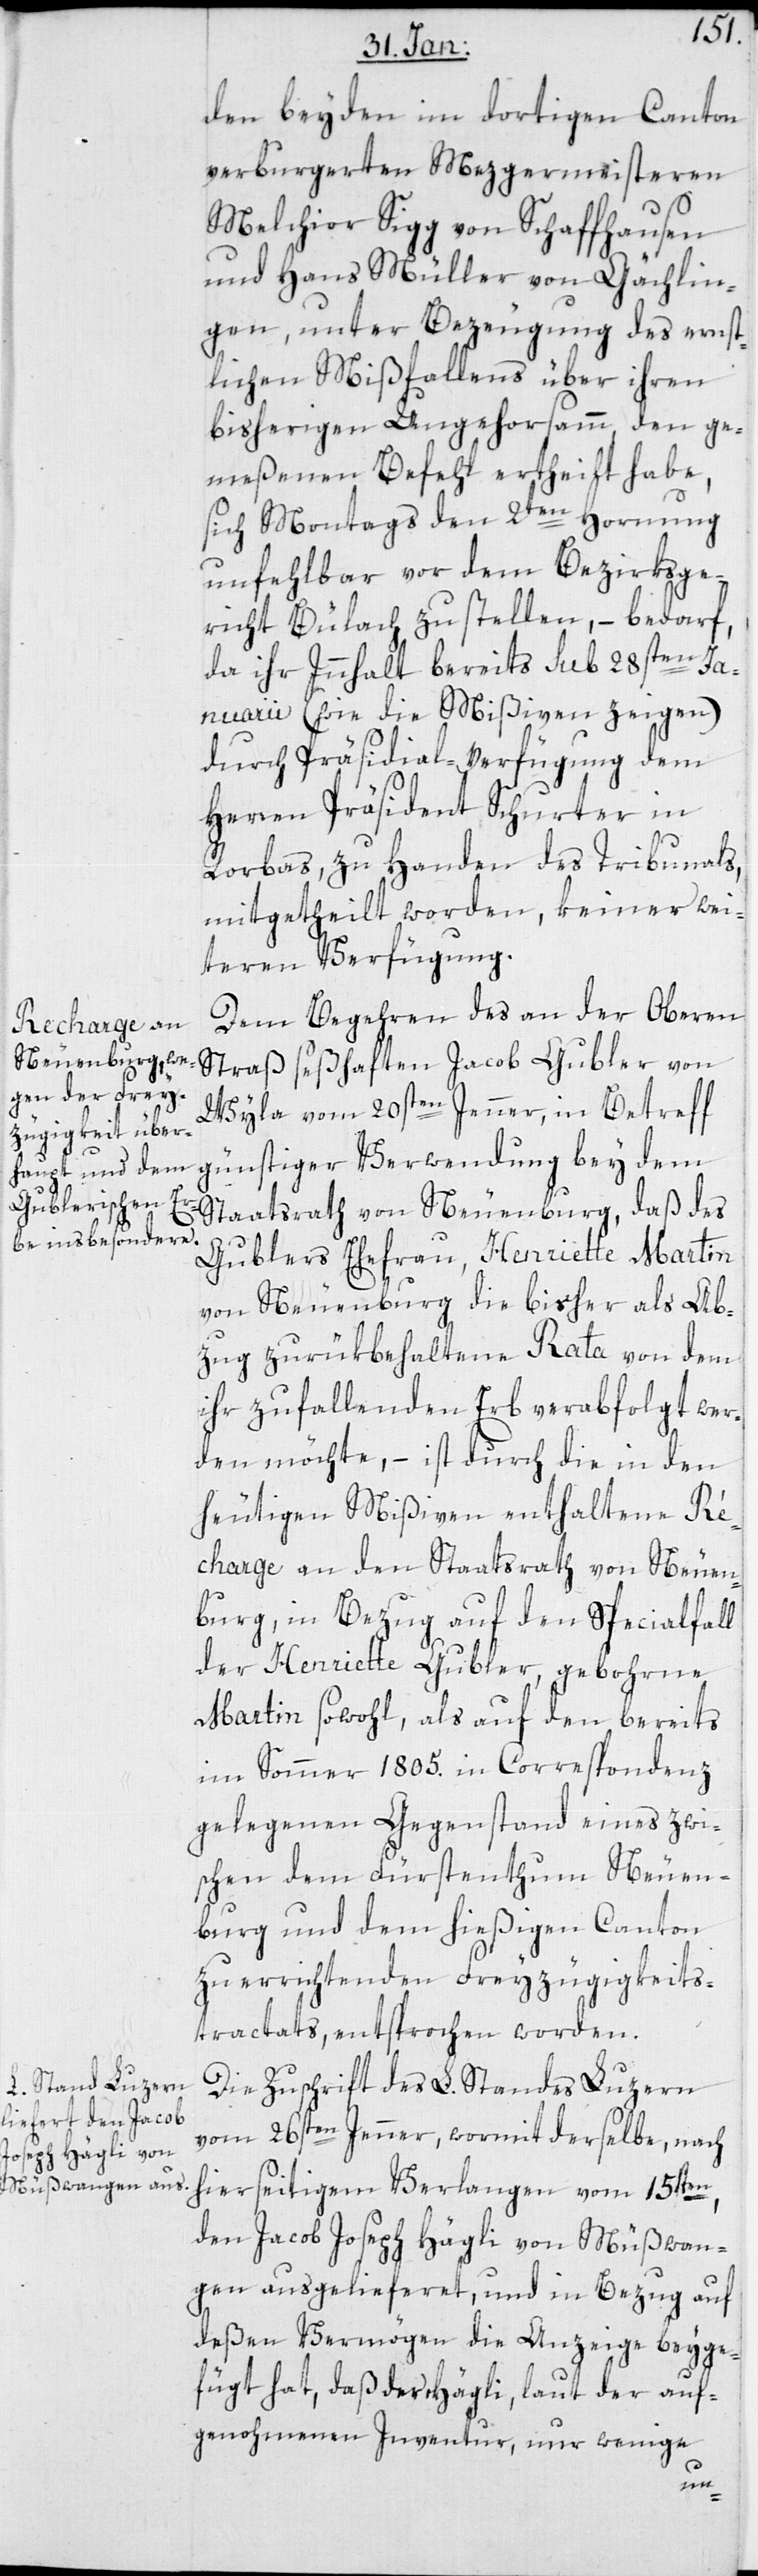
den beyden im dortigen Canton
verburgerten Metzgermeisteren
Melchior Sigg von Schaffhausen
und Hans Müller von Gächlin¬
gen, unter Bezeugung des ernst¬
lichen Mißfallens über ihren
bisherigen Ungehorsamm, den ge¬
meßenen Befehl ertheilt habe,
sich Montags den 2ten Hornung
unfehlbar vor dem Bezirksge¬
richt Bülach zu stellen, – bedarf,
da ihr Inhalt bereits sub 28sten Ja¬
nuarii (wie die Mißiven zeigen)
durch Präsidial-Verfügung dem
Herren Präsident Schurter in
Rorbas, zu Handen des Tribunals
mitgetheilt worden, keiner wei¬
teren Verfügung.
Dem Begehren des an der Oberen
Neuenburg, daß
Straß seßhaften Jacob Gubler von
Wyla vom 20sten Jenner, in Betreff
günstiger Verwendung bey dem
Gublers Ehefrau, Henriette Martin
von Neuenburg die bisher als Ab¬
zug zurükbehaltene Rata von dem
ihr zufallenden Erb verabfolgt wer¬
den möchte, – ist durch die in den
heutigen Mißiven enthaltene R¬
écharge an den Staatsrath von Neuen¬
burg, in Bezug auf den Specialfall
der Henriette Gubler, geborne
Martin sowohl, als auf den bereits
im Sommer 1805. in Correspondenz
gelegenen Gegenstand eines zwi¬
schen dem Fürstenthum Neuen¬
burg und dem hießigen Canton
zu errichtenden Freyzügigkeit¬
s-Tractats, entsprochen worden.
Die Zuschrift des L. Standes Luzern
vom 26sten Jenner, wormit derselbe nach
hierseitigem Verlangen vom 15ten,
den Jacob Joseph Hägli von Müßwan¬
gen ausgelieferet, und in Bezug auf
deßen Vermögen die Anzeige beyge¬
fügt hat, daß der Hägli, laut der auf¬
genohmenen Inventur, nur wenig¬
e